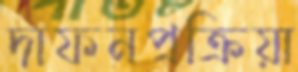
দাফনপ্রক্রিয়া